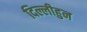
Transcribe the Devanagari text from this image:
दिल्लीहुन